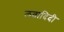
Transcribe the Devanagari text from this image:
लतादिदी